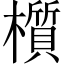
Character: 櫍